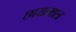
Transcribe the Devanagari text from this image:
छायामात्र